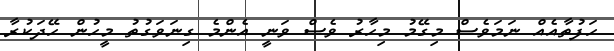
ހަފުތާއެއް ނަމަވެސް މިގޭމު މިހާރު ވެސް ވަނީ އެންމެ ގިނަވަގުތު މީހުން ހޭދަކުރާ